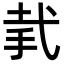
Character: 𢎇